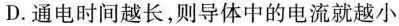
D.通电时间越长，则导体中的电流就越小